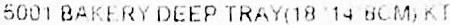
5001 BAKERY DEEP TRAY(18 14 8CM)KT